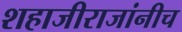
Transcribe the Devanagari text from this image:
शहाजीराजांनीच